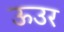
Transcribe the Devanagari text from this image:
ऊउर